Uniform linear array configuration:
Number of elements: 32
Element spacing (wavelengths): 0.5
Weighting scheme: cosine
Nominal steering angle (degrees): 0
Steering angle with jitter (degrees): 0.3097
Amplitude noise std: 0.05
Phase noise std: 0.05

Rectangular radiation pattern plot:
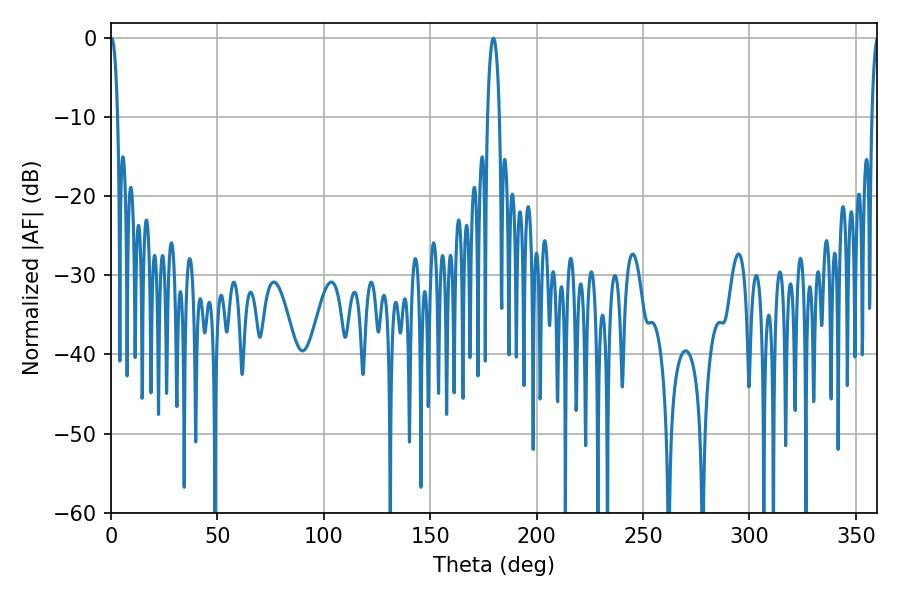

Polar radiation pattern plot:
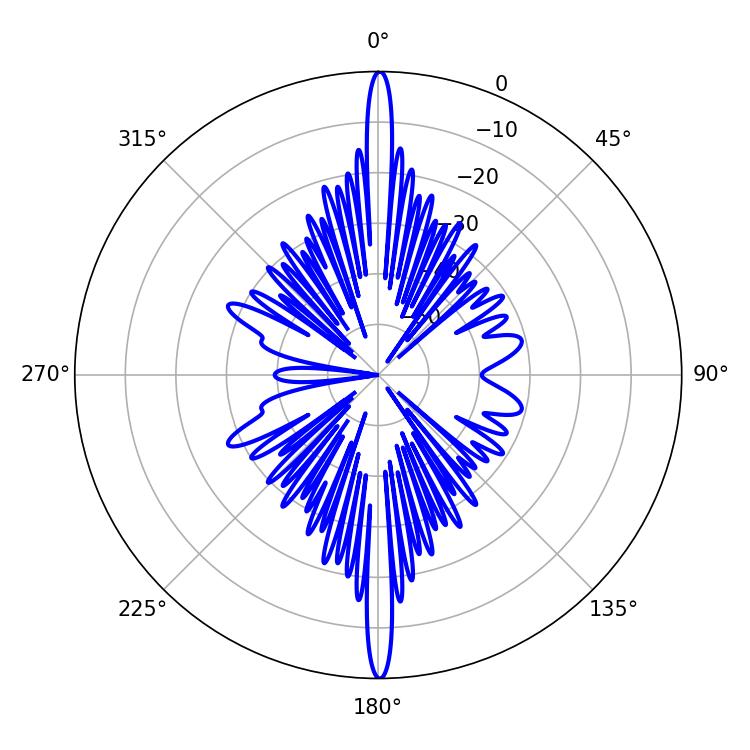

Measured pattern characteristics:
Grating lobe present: FALSE
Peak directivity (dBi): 35.332
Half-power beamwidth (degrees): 3.06
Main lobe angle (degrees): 179.64